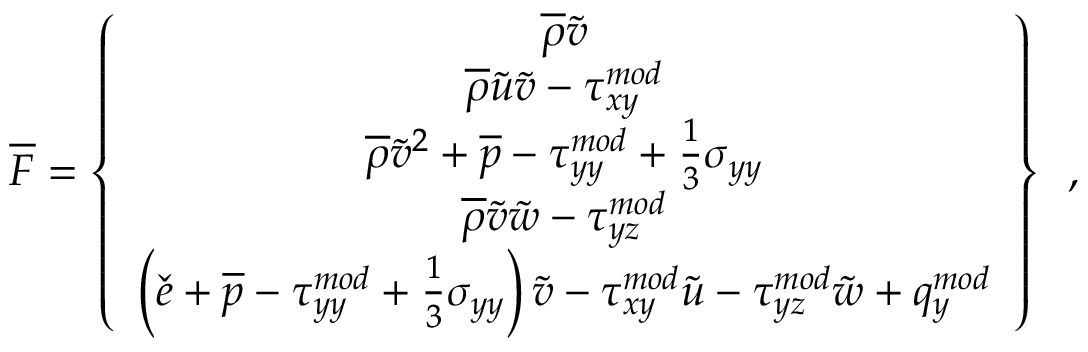
\overline { { F } } = \left\{ \begin{array} { c } { \overline { { \rho } } \tilde { v } } \\ { \overline { { \rho } } \tilde { u } \tilde { v } - { \tau } _ { x y } ^ { m o d } } \\ { \overline { { \rho } } \tilde { v } ^ { 2 } + \overline { { p } } - { \tau } _ { y y } ^ { m o d } + \frac { 1 } { 3 } \sigma _ { y y } } \\ { \overline { { \rho } } \tilde { v } \tilde { w } - { \tau } _ { y z } ^ { m o d } } \\ { \left( \check { e } + \overline { { p } } - { \tau } _ { y y } ^ { m o d } + \frac { 1 } { 3 } \sigma _ { y y } \right) \tilde { v } - { \tau } _ { x y } ^ { m o d } \tilde { u } - { \tau } _ { y z } ^ { m o d } \tilde { w } + q _ { y } ^ { m o d } } \end{array} \right\} \, \mathrm { ~ , ~ }